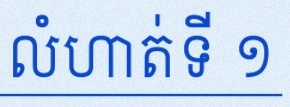
លំហាត់ទី ១